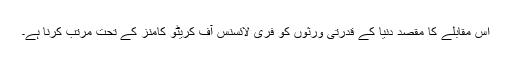
اس مقابلے کا مقصد دنیا کے قدرتی ورثوں کو فری لائسنس آف کریٹو کامنز کے تحت مرتب کرنا ہے۔